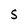
Character: S